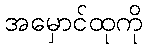
အမှောင်ထုကို